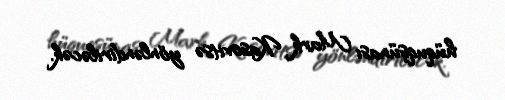
hüquqşünası Mark Kasovitsə yönləndiriləcək.